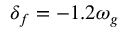
\delta _ { f } = - 1 . 2 \omega _ { g }